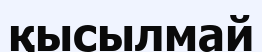
қысылмай